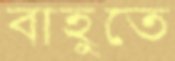
বাহুতে